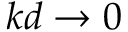
k d \to 0